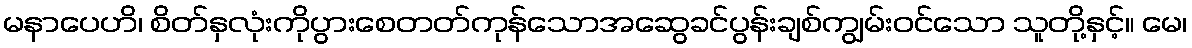
မနာပေဟိ၊ စိတ်နှလုံးကိုပွားစေတတ်ကုန်သောအဆွေခင်ပွန်းချစ်ကျွမ်းဝင်သော သူတို့နှင့်။ မေ၊